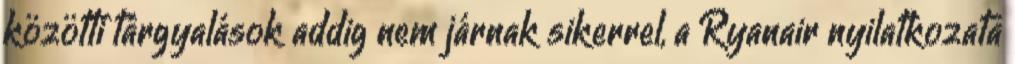
közötti tárgyalások addig nem járnak sikerrel, a Ryanair nyilatkozata